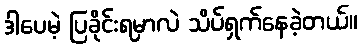
ဒါပေမဲ့ ပြခိုင်းရမှာလဲ သိပ်ရှက်နေခဲ့တယ်။